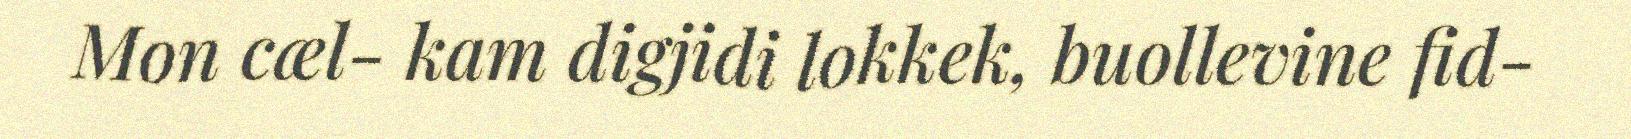
Mon cæl- kam digjidi lokkek, buollevine fid-